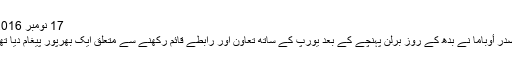
17 نومبر 2016
صدر أوباما نے بدھ کے روز برلن پہنچے کے بعد یورپ کے ساتھ تعاون اور رابطے قائم رکھنے سے متعلق ایک بھرپور پیغام دیا تھا۔